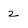
Character: 2